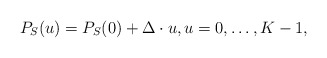
\begin{align*}P_{S}(u) = P_{S}(0) + \Delta \cdot u, u=0,\dots, K-1,\end{align*}